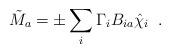
LaTeX: \begin{align*}\tilde{M}_a = \pm \sum_{i} \Gamma_i B_{ia} \hat{\chi}_i \;\; .\end{align*}